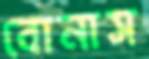
বোনাস